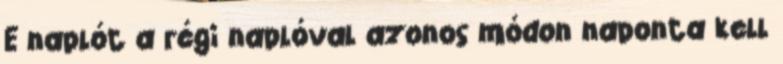
E naplót a régi naplóval azonos módon naponta kell